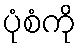
ပုံစံကို